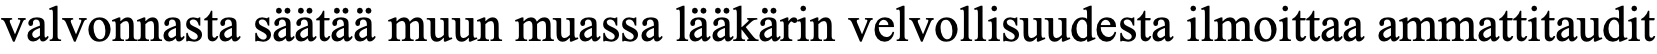
valvonnasta säätää muun muassa lääkärin velvollisuudesta ilmoittaa ammattitaudit